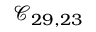
\mathcal { C } _ { 2 9 , 2 3 }